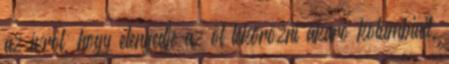
az ívről, hogy elengedje az őt lekörözni akaró kolumbiait.